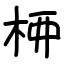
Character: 𫞉